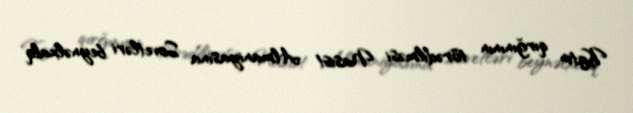
Katın qırğınının törədilməsi Nasist Almaniyasına Sovetləri beynəlxalq